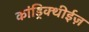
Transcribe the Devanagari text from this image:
कांड्रिक्थीईज़